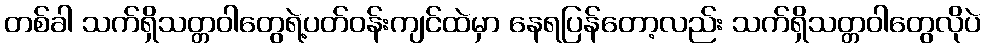
တစ်ခါ သက်ရှိသတ္တဝါတွေရဲ့ပတ်ဝန်းကျင်ထဲမှာ နေရပြန်တော့လည်း သက်ရှိသတ္တဝါတွေလိုပဲ